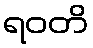
ရဝတိ